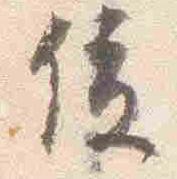
俊